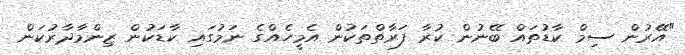
"އޭރުން ސިމް ކާޑުތައް ބޭނުން ކުރާ ފަރާތްތަކުން އެމީހެއްގެ ނަމުގައި ކާޑަކުން ޒިންމާދާރުކަން